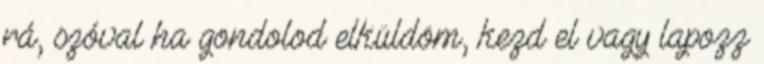
rá, szóval ha gondolod elküldöm, kezd el vagy lapozz